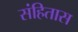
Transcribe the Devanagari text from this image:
संहितास